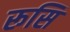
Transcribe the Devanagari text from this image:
रूसि